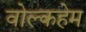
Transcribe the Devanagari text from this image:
वोल्कहेम